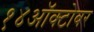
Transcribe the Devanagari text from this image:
१४ऑक्टोबर